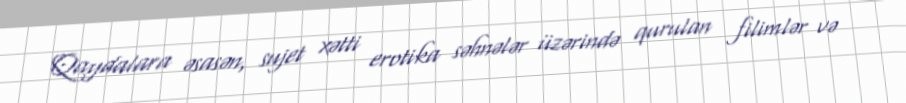
Qaydalara əsasən, sujet xətti erotika səhnələr üzərində qurulan filimlər və